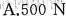
A.500 N